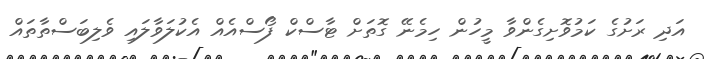
އަދި ރަށުގެ ކަމުވޮށިގެންވާ މީހުން ހިމެނޭ ގޮތަށް ޓާސްކް ފޯސްއެއް އެކުލަވާލައި ވެލިބަސްތާތައް